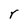
Character: r